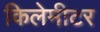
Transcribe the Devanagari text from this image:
किलेमीटर